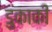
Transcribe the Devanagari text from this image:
डुकाकी